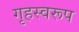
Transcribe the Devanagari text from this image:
गृहस्वरूप